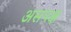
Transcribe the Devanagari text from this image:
असपक्ष